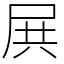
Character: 𡱒